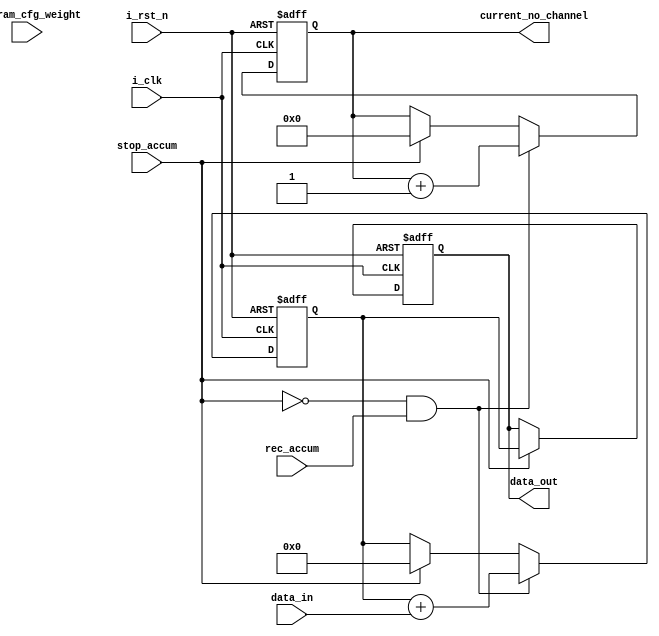
`timescale 1ns / 1ps
//////////////////////////////////////////////////////////////////////////////////
// Company: 
// Engineer: 
// 
// Design Name: 
// Module Name: accumulator
// Project Name: 
// Target Devices: 
// Tool Versions: 
// Description: 
// 
// Dependencies: 
// 
// Revision:
// Revision 0.01 - File Created
// Additional Comments:
// 
//////////////////////////////////////////////////////////////////////////////////
module accumulator #
(
    parameter DATA_WIDTH = 32,
    parameter N_CHANNEL = 32,
    parameter CNT_WIDTH = $clog2(32)
)(
    input i_clk,
    input i_rst_n,
    input [31:0] i_param_cfg_weight,
    input [DATA_WIDTH-1:0] data_in,
    input stop_accum, rec_accum,
    output [DATA_WIDTH-1:0] data_out,
    output [6:0] current_no_channel
);
    
    reg [DATA_WIDTH-1:0] tmp_dat;
    reg [DATA_WIDTH-1:0] reg_data_o;
    reg [6:0] cnt_accum;

    always @(posedge i_clk, negedge i_rst_n) begin
        if(!i_rst_n) begin
            tmp_dat <= 0;
            cnt_accum <= 0;
        end
        else begin
            if(!stop_accum && rec_accum) begin  
                tmp_dat <= tmp_dat + data_in;
                cnt_accum <= cnt_accum + 1;
            end
            else if(stop_accum) begin
                cnt_accum <= 0;
                tmp_dat <= 0;
            end
        end
    end

    always @(posedge i_clk, negedge i_rst_n) begin
        if(!i_rst_n) begin
            reg_data_o <= 0;
        end
        else begin
            if(stop_accum) begin
                reg_data_o <= tmp_dat;
//                tmp_dat <= 0;
            end
        end
    end

    assign data_out = reg_data_o;
    assign current_no_channel = cnt_accum;
endmodule